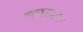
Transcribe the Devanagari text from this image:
लक्ष्मणांना